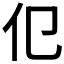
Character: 𬽢